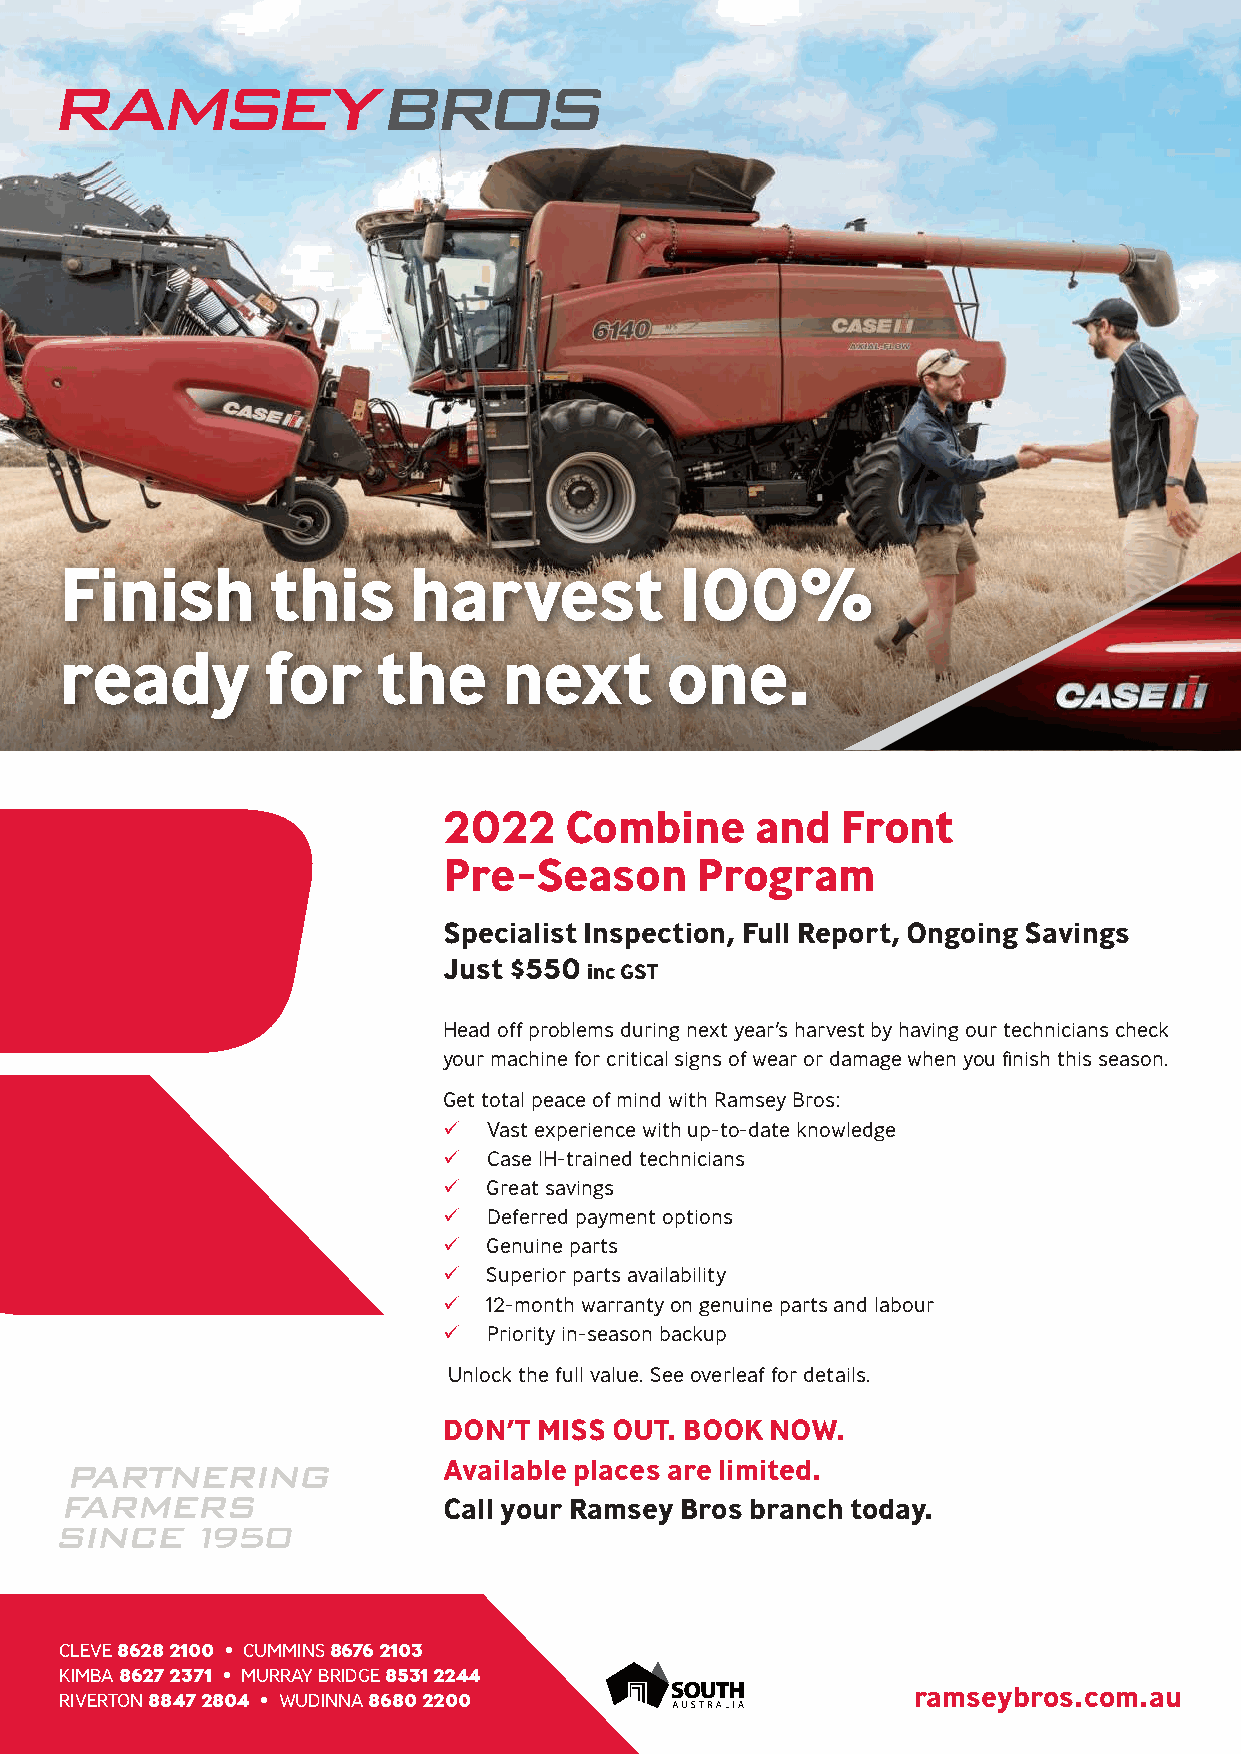
Finish        this     harvest           100%
 ready        for     the     next       one.
 2022    Combine      and   Front
 Pre-Season       Program
 Specialist Inspection, Full Report, Ongoing Savings
 Just $550
 inc GST
 Head off problems during next year’s harvest by having our technicians check
 your machine for critical signs of wear or damage when you finish this season.
 Get total peace of mind with Ramsey Bros:
   Vast experience with up-to-date knowledge
   Case IH-trained technicians
   Great savings
   Deferred payment options
   Genuine parts
   Superior parts availability
   12-month warranty on genuine parts and labour
   Priority in-season backup
 Unlock the full value. See overleaf for details.
 DON’T  MISS OUT. BOOK NOW.
 Available places are limited.
 Call your Ramsey Bros branch today.
 CLEVE 8628 2100 • CUMMINS 8676 2103
 KIMBA 8627 2371 • MURRAY BRIDGE 8531 2244
 RIVERTON 8847 2804 • WUDINNA 8680 2200                  ramseybros.com.au